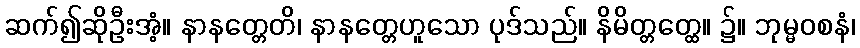
ဆက်၍ဆိုဦးအံ့။ နာနတ္တေတိ၊ နာနတ္တေဟူသော ပုဒ်သည်။ နိမိတ္တတ္ထေ။ ၌။ ဘုမ္မဝစနံ၊